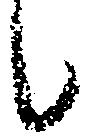
候